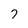
Character: 7